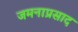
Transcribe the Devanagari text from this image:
जमनाप्रसाद